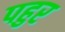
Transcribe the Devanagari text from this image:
पहुर